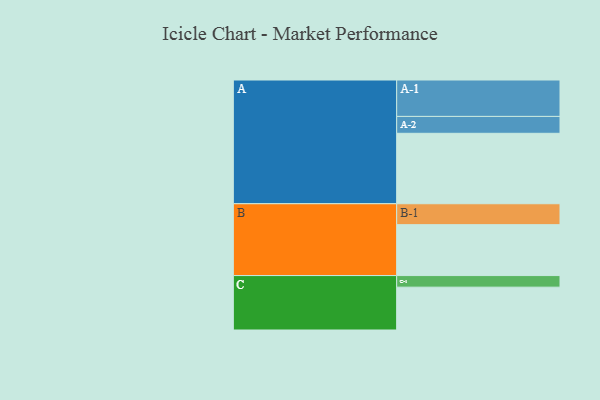
{"axis": {"x": "Segment", "y": "Value"}, "legend": ["", "A", "B", "C"], "data": [{"x": "A", "y": 559, "type": ""}, {"x": "B", "y": 404, "type": ""}, {"x": "C", "y": 340, "type": ""}, {"x": "A-1", "y": 289, "type": "A"}, {"x": "A-2", "y": 134, "type": "A"}, {"x": "B-1", "y": 166, "type": "B"}, {"x": "C-1", "y": 92, "type": "C"}]}